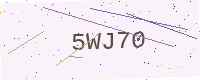
Text: 5WJ70